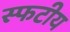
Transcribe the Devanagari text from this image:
स्फटीय